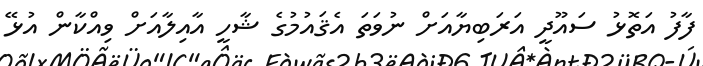
ފާފު އަތޮޅު ސައޫދީ އަރަބިޔާއަށް ނުވަތަ އެޤައުމުގެ ޝާހީ އާއިލާއަށް ވިއްކާން އުޅޭ